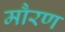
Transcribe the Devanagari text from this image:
मौरण